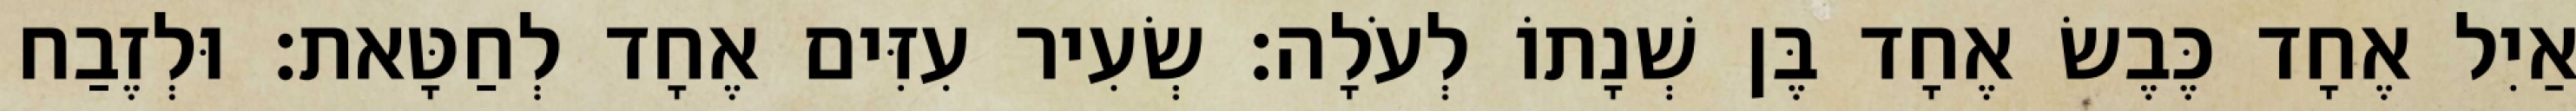
אַיִל אֶחָד כֶּבֶשׂ אֶחָד בֶּן שְׁנָתוֹ לְעֹלָה׃ שְׂעִיר עִזִּים אֶחָד לְחַטָּאת׃ וּלְזֶבַח